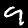
Label: 9